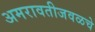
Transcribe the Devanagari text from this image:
अमरावतीजवळचे